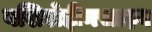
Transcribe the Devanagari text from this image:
बशिरोद्दीनसाहब